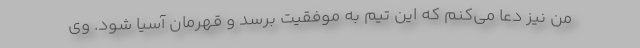
من نیز دعا می‌کنم که این تیم به موفقیت برسد و قهرمان آسیا شود. وی